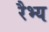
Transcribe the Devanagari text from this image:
रैभ्य